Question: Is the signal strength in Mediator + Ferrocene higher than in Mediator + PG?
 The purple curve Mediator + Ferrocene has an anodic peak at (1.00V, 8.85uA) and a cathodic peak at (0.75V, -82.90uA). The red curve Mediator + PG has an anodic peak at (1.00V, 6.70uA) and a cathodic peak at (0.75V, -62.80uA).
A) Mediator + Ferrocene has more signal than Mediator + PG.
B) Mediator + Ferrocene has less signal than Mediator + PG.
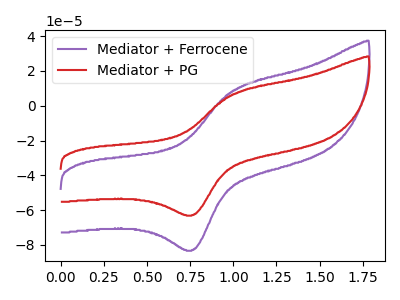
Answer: <think>All the peaks in "Mediator + Ferrocene" have a peak in "Mediator + PG" at the same potential. Every peak in "Mediator + Ferrocene" is higher than every peak in "Mediator + PG".
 </think>
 <answer>A) "Mediator + Ferrocene" has more signal than "Mediator + PG".</answer>
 <eval>A</eval>